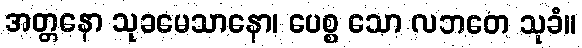
အတ္တနော သုခမေသာနော၊ ပေစ္စ သော လဘတေ သုခံ။